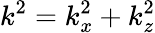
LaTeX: k^{2}=k_{x}^{2}+k_{z}^{2}